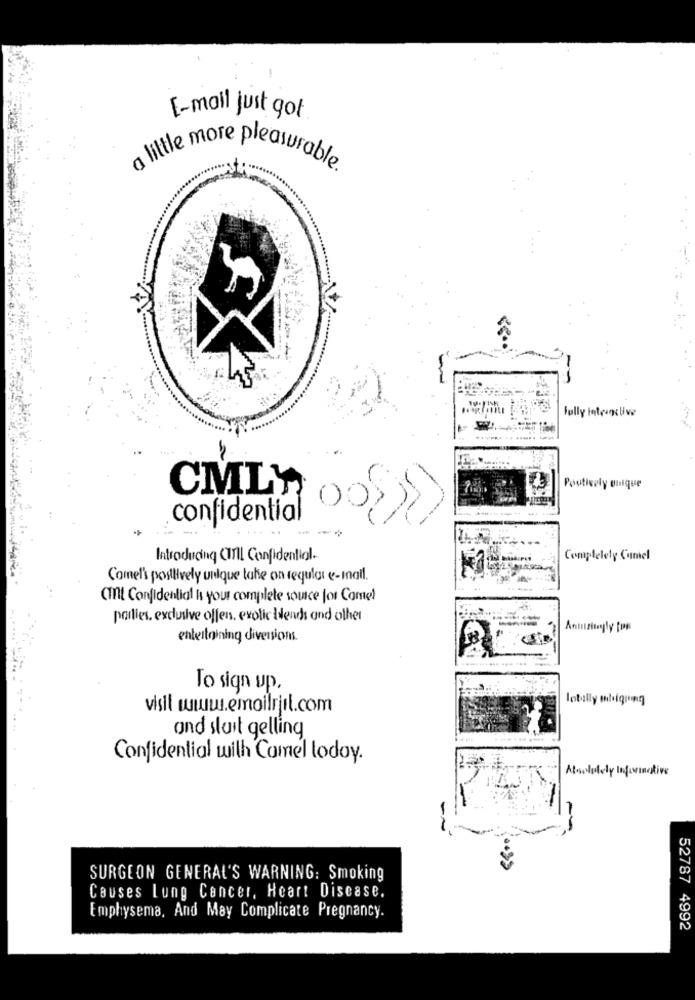
E-mail just got
a little more pleasurable.
Fully integrlive
CMLY
Poutively onique
confidential
Introducing CIAL Confidential.
Completely Cumel
Comel' positively unique take on regular e-mail.
(mt Confidential & your complete source for Come!
parties. exclusive offen, exotic lends and other
Anmizinggly fos
entertaining diversions.
To sign up,
Int
visit www.emoilrjil.com
.....
and sluit gelling
Confidential with Camel today.
At
Mive
SURGEON GENERAL'S WARNING: Smoking
Causes Lung Cancer, Heart Disease.
Emphysema, And May Complicate Pregnancy.
52787 4992